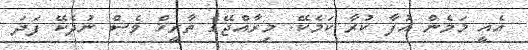
އެއީ މަމެން އުފާ ކުރާ ކަމެކޭ. މިރާއްޖޭގެ ތާރީޚް ވެސް ނުދެކޭ ފަދަ